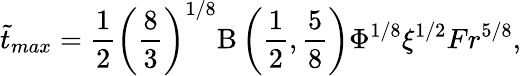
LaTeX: \tilde{t}_{max}=\frac{1}{2}\left(\frac{8}{3}\right)^{1/8}\mathrm{B}\left(\frac{1}{2},\frac{5}{8}\right)\Phi^{1/8}\xi^{1/2}Fr^{5/8},